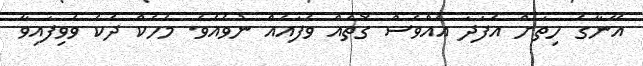
އޭނާގެ ހިތަށް އެފަދަ އެއްވެސް ގޮތެއް ވެފައެއް ނުވެއެވެ. މެހެކް ދެކެ ވެވިފައިވާ